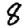
Digit: 8